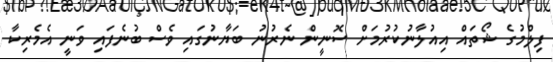
ފިލްމުގެ ޝޯތައް އިއުލާނުކުރުމަށް ސޮނީން ނެރުނު ބަޔާނުގައި ވެސް ބުނެފައި ވަނީ އެމެރިކާ